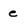
Character: e